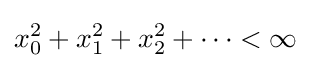
x_{0}^{2}+x_{1}^{2}+x_{2}^{2}+\cdots <\infty